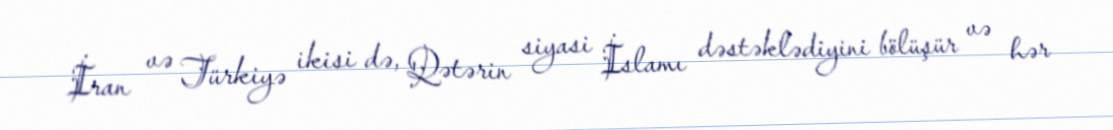
İran və Türkiyə ikisi də, Qətərin siyasi İslamı dəstəklədiyini bölüşür və hər